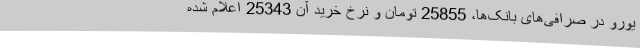
یورو در صرافی‌های بانک‌ها، 25855 تومان و نرخ خرید آن 25343 اعلام شده